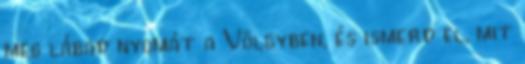
meg lábad nyomát a Völgyben, és ismerd el, mit